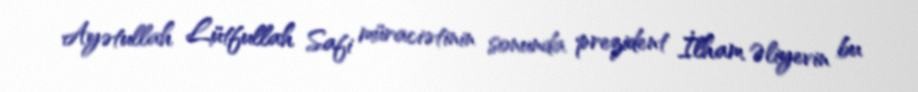
Ayətullah Lütfullah Safi müraciətinin sonunda prezident İlham Əliyevin bu